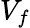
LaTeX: V_{f}